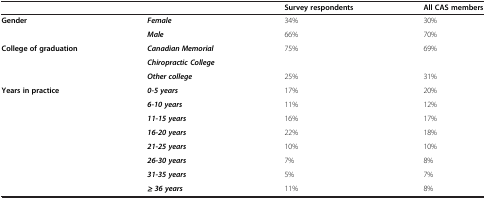
<table><thead><tr><td><b> </b></td><td><b> </b></td><td><b>Survey respondents</b></td><td><b>All CAS members</b></td></tr></thead><tbody><tr><td><b>Gender</b></td><td><b><i>Female</i></b></td><td>34%</td><td>30%</td></tr><tr><td> </td><td><b><i>Male</i></b></td><td>66%</td><td>70%</td></tr><tr><td><b>College of graduation</b></td><td><b><i>Canadian Memorial</i></b></td><td>75%</td><td>69%</td></tr><tr><td> </td><td><b><i>Chiropractic College</i></b></td><td> </td><td> </td></tr><tr><td> </td><td><b><i>Other college</i></b></td><td>25%</td><td>31%</td></tr><tr><td><b>Years in practice</b></td><td><b><i>0-5 years</i></b></td><td>17%</td><td>20%</td></tr><tr><td> </td><td><b><i>6-10 years</i></b></td><td>11%</td><td>12%</td></tr><tr><td> </td><td><b><i>11-15 years</i></b></td><td>16%</td><td>17%</td></tr><tr><td> </td><td><b><i>16-20 years</i></b></td><td>22%</td><td>18%</td></tr><tr><td> </td><td><b><i>21-25 years</i></b></td><td>10%</td><td>10%</td></tr><tr><td> </td><td><b><i>26-30 years</i></b></td><td>7%</td><td>8%</td></tr><tr><td> </td><td><b><i>31-35 years</i></b></td><td>5%</td><td>7%</td></tr><tr><td> </td><td><b><i>≥ 36 years</i></b></td><td>11%</td><td>8%</td></tr></tbody></table>